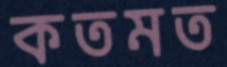
কতমত